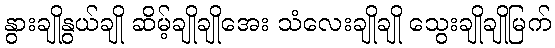
နွားချိုနွယ်ချို ဆိမ့်ချိုချိုအေး သံလေးချိုချို သွေးချိုချိုမြက်